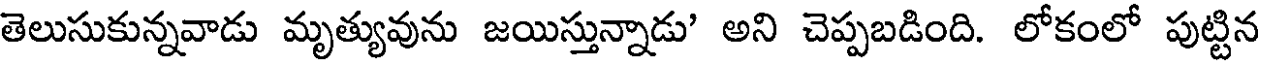
తెలుసుకున్నవాడు మృత్యువును జయిస్తున్నాడు' అని చెప్పబడింది. లోకంలో పుట్టిన